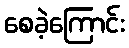
စေခဲ့ကြောင်း